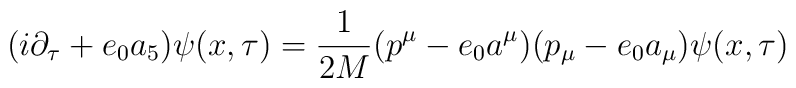
(i \partial_{\tau} +e_{0}a_{5})\psi(x,\tau)=\frac{1}{2M}(p^{\mu}-e_{0}a^{\mu})(p_{\mu}-e_{0}a_{\mu})\psi(x,\tau)